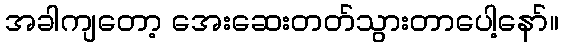
အခါကျတော့ အေးဆေးတတ်သွားတာပေါ့နော်။